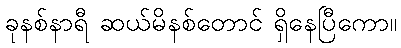
ခုနစ်နာရီ ဆယ်မိနစ်တောင် ရှိနေပြီကော။